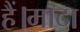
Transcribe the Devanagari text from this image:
हैं।मादा